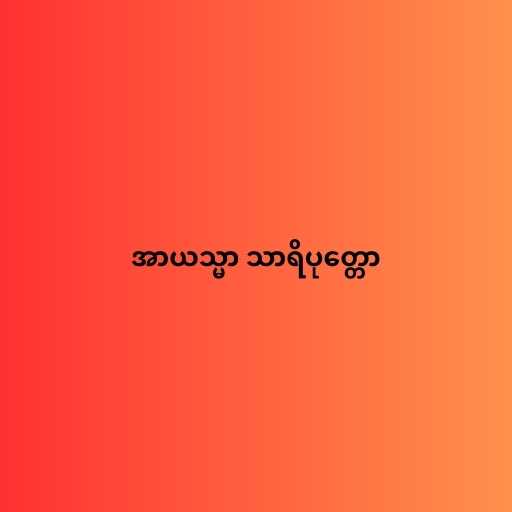
အာယသ္မာ သာရိပုတ္တော